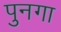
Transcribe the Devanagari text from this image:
पुनगा